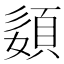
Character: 𡡓